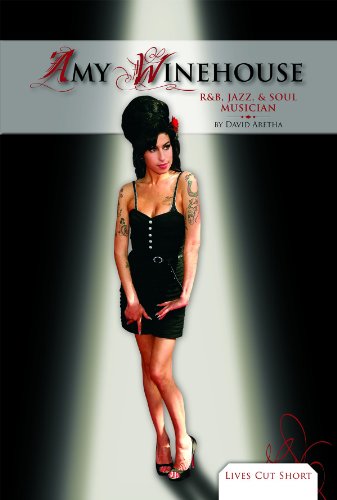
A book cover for Amy Winehouse: R & B, Jazz, & Soul Musician (Lives Cut Short); David Aretha; Teen & Young Adult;